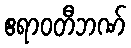
ဧရာဝတီဘဏ်